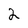
Character: 2